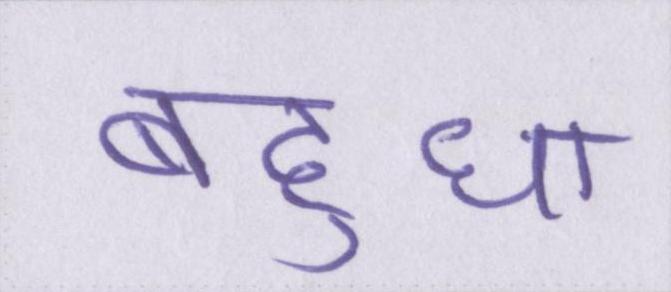
बहुधा